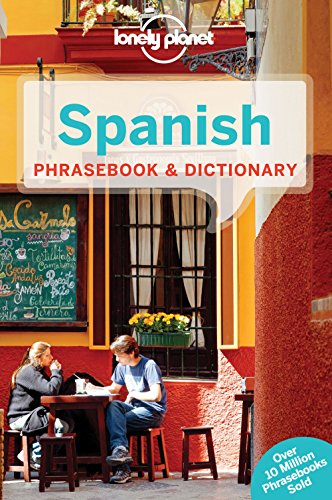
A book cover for Lonely Planet Spanish Phrasebook & Dictionary (Lonely Planet Phrasebook and Dictionary); Lonely Planet; Travel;